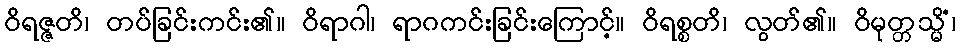
ဝိရဇ္ဇတိ၊ တပ်ခြင်းကင်း၏။ ဝိရာဂါ၊ ရာဂကင်းခြင်းကြောင့်။ ဝိရစ္စတိ၊ လွတ်၏။ ဝိမုတ္တသ္မိံ၊